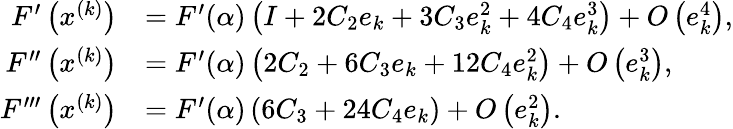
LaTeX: \begin{array}{rl}{F^{\prime}\left(x^{(k)}\right)}&{=F^{\prime}(\alpha)\left(I+2C_{2}e_{k}+3C_{3}e_{k}^{2}+4C_{4}e_{k}^{3}\right)+O\left(e_{k}^{4}\right),}\\ {F^{\prime\prime}\left(x^{(k)}\right)}&{=F^{\prime}(\alpha)\left(2C_{2}+6C_{3}e_{k}+12C_{4}e_{k}^{2}\right)+O\left(e_{k}^{3}\right),}\\ {F^{\prime\prime\prime}\left(x^{(k)}\right)}&{=F^{\prime}(\alpha)\left(6C_{3}+24C_{4}e_{k}\right)+O\left(e_{k}^{2}\right).}\end{array}